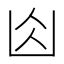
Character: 𠚄